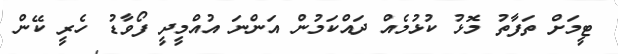
ޓީމަށް ތަފާތު މޮޅު ކުޅުމެއް ދައްކަމުން އަންނަ އުއްމީދީ ފޯވާޑު ހެރީ ކޭން